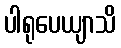
ပါရုပေယျာသိ